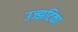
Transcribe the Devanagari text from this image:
उज्झटिका